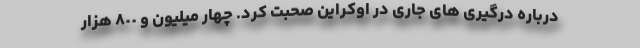
درباره درگیری های جاری در اوکراین صحبت کرد. چهار میلیون و ۸٠٠ هزار